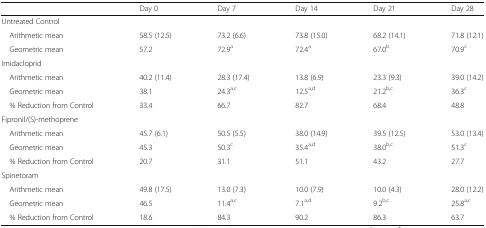
<table><thead><tr><td></td><td><b>Day 0</b></td><td><b>Day 7</b></td><td><b>Day 14</b></td><td><b>Day 21</b></td><td><b>Day 28</b></td></tr></thead><tbody><tr><td colspan="6">Untreated Control</td></tr><tr><td> Arithmetic mean</td><td>58.5 (12.5)</td><td>73.2 (6.6)</td><td>73.8 (15.0)</td><td>68.2 (14.1)</td><td>71.8 (12.1)</td></tr><tr><td> Geometric mean</td><td>57.2</td><td>72.9<sup>a</sup></td><td>72.4<sup>a</sup></td><td>67.0<sup>b</sup></td><td>70.9<sup>c</sup></td></tr><tr><td colspan="6">Imidacloprid</td></tr><tr><td> Arithmetic mean</td><td>40.2 (11.4)</td><td>28.3 (17.4)</td><td>13.8 (6.9)</td><td>23.3 (9.3)</td><td>39.0 (14.2)</td></tr><tr><td> Geometric mean</td><td>38.1</td><td>24.3<sup>a,c</sup></td><td>12.5<sup>a,d</sup></td><td>21.2<sup>b,c</sup></td><td>36.3<sup>c</sup></td></tr><tr><td> % Reduction from Control</td><td>33.4</td><td>66.7</td><td>82.7</td><td>68.4</td><td>48.8</td></tr><tr><td colspan="6">Fipronil/(S)-methoprene</td></tr><tr><td> Arithmetic mean</td><td>45.7 (6.1)</td><td>50.5 (5.5)</td><td>38.0 (14.9)</td><td>39.5 (12.5)</td><td>53.0 (13.4)</td></tr><tr><td> Geometric mean</td><td>45.3</td><td>50.3<sup>c</sup></td><td>35.4<sup>a,d</sup></td><td>38.0<sup>b,c</sup></td><td>51.3<sup>c</sup></td></tr><tr><td> % Reduction from Control</td><td>20.7</td><td>31.1</td><td>51.1</td><td>43.2</td><td>27.7</td></tr><tr><td colspan="6">Spinetoram</td></tr><tr><td> Arithmetic mean</td><td>49.8 (17.5)</td><td>13.0 (7.3)</td><td>10.0 (7.9)</td><td>10.0 (4.3)</td><td>28.0 (12.2)</td></tr><tr><td> Geometric mean</td><td>46.5</td><td>11.4<sup>a,c</sup></td><td>7.1<sup>a,d</sup></td><td>9.2<sup>b,c</sup></td><td>25.8<sup>a,c</sup></td></tr><tr><td> % Reduction from Control</td><td>18.6</td><td>84.3</td><td>90.2</td><td>86.3</td><td>63.7</td></tr></tbody></table>